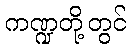
ကဏ္ဍတို့တွင်